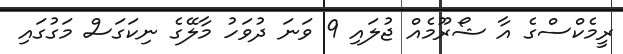
ރީމެކްސްގެ އާ ޝޯރޫމެއް ޖުލައި 9 ވަނަ ދުވަހު މާލޭގެ ނިކަގަސް މަގުގައި